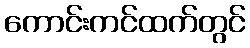
ကောင်းကင်ထက်တွင်